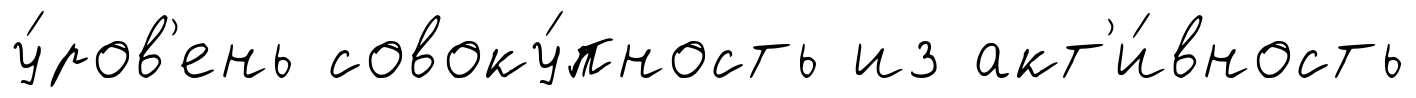
у́ров'ень совоку́пность из акт'и́вность